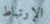
الإرتباط